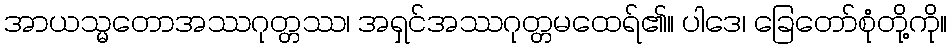
အာယသ္မတောအဿဂုတ္တဿ၊ အရှင်အဿဂုတ္တမထေရ်၏။ ပါဒေ၊ ခြေတော်စုံတို့ကို။